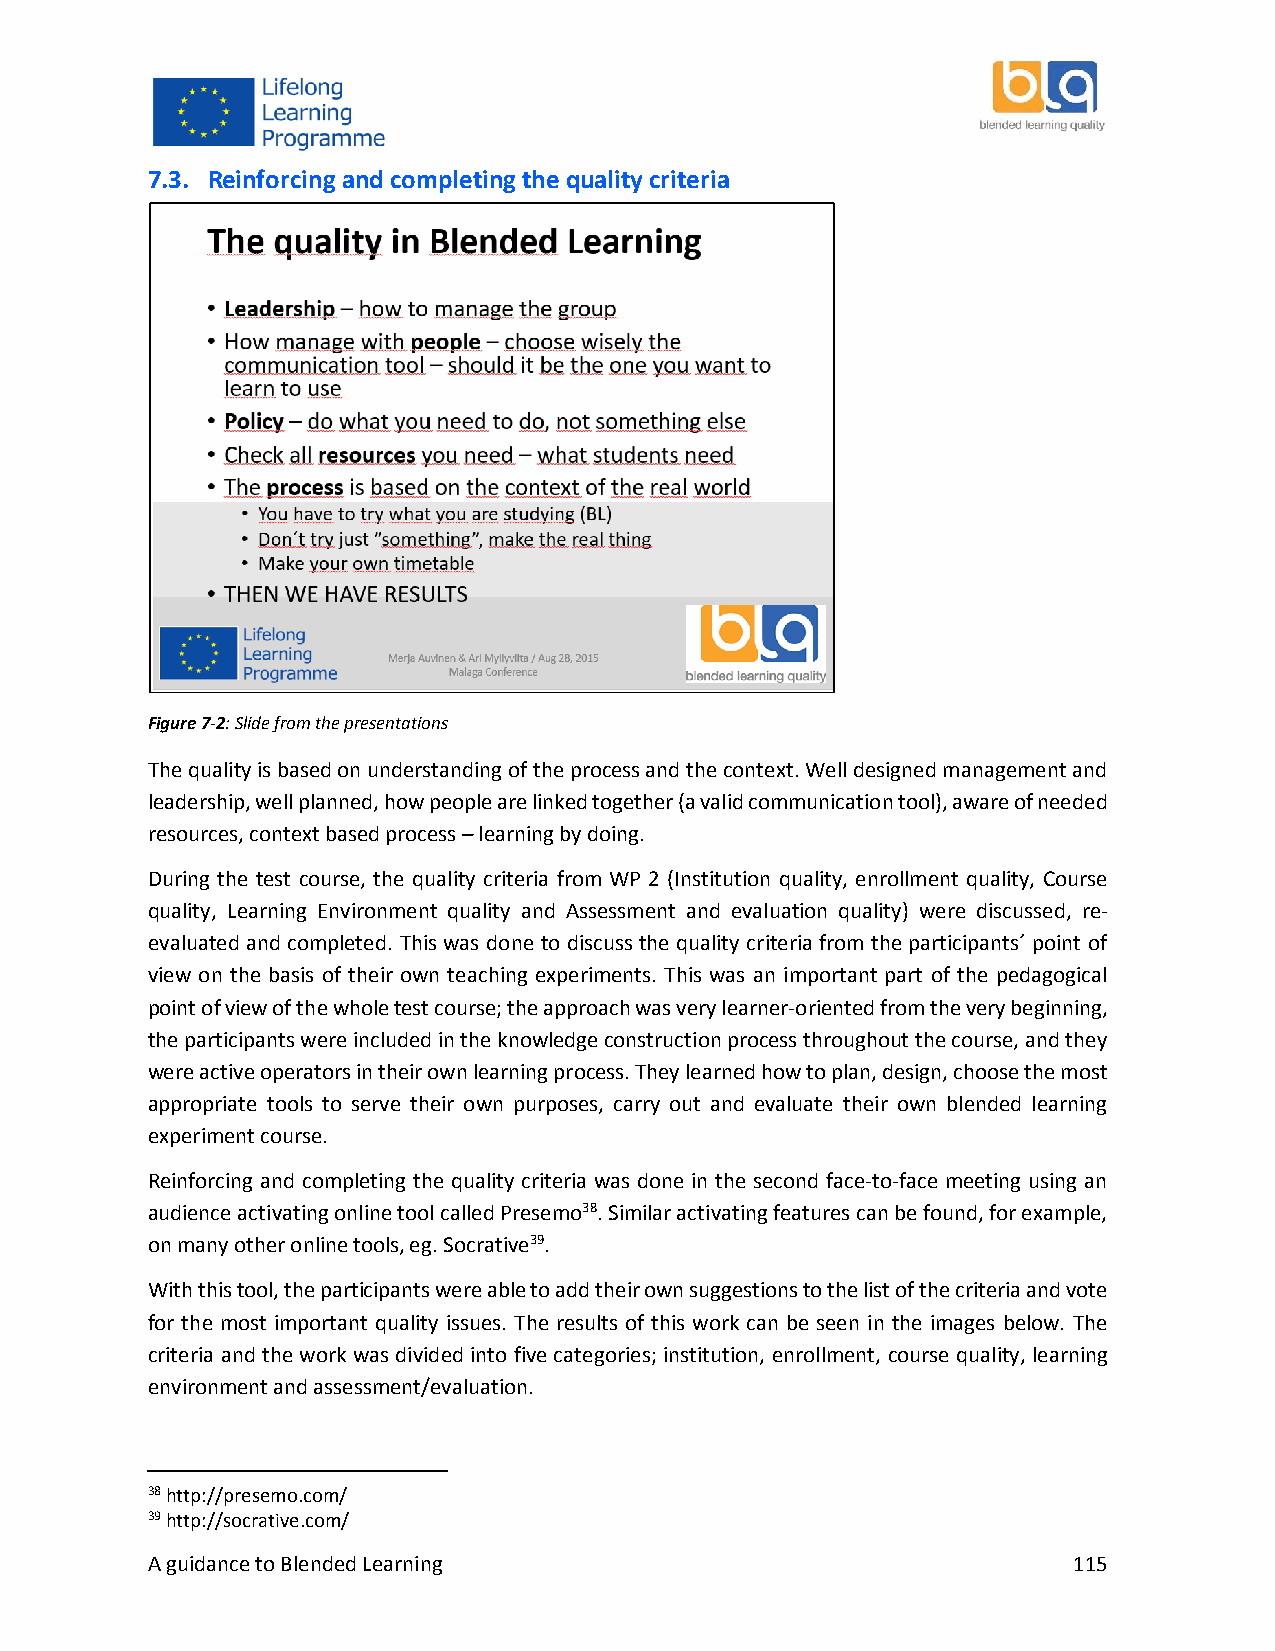
7.3. Reinforcing and completing the quality criteria
 Figure 7-2: Slide from the presentations
 The quality is based on understanding of the process and the context. Well designed management and
 leadership, well planned, how people are linked together (a valid communication tool), aware of needed
 resources, context based process – learning by doing.
 During the test course, the quality criteria from WP 2 (Institution quality, enrollment quality, Course
 quality, Learning Environment quality and Assessment and evaluation quality) were discussed, re‐
 evaluated and completed. This was done to discuss the quality criteria from the participants´ point of
 view on the basis of their own teaching experiments. This was an important part of the pedagogical
 point of view of the whole test course; the approach was very learner-oriented from the very beginning,
 the participants were included in the knowledge construction process throughout the course, and they
 were active operators in their own learning process. They learned how to plan, design, choose the most
 appropriate tools to serve their own purposes, carry out and evaluate their own blended learning
 experiment course.
 Reinforcing and completing the quality criteria was done in the second face‐to‐face meeting using an
 audience activating online tool called Presemo38. Similar activating features can be found, for example,
 on many other online tools, eg. Socrative39.
 With this tool, the participants were able to add their own suggestions to the list of the criteria and vote
 for the most important quality issues. The results of this work can be seen in the images below. The
 criteria and the work was divided into five categories; institution, enrollment, course quality, learning
 environment and assessment/evaluation.
 38 http://presemo.com/
 39 http://socrative.com/
 A guidance to Blended Learning                               115